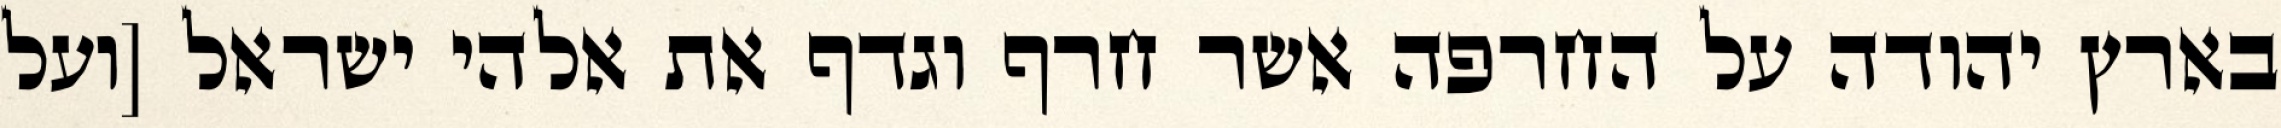
בארץ יהודה על החרפה אשר חרף וגדף את אלהי ישראל [ועל